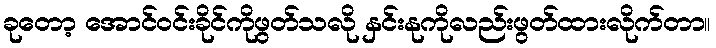
ခုတော့ အောင်ဝင်းခိုင်ကိုဖွတ်သလို နှင်းနုကိုလည်းဖွတ်ထားလိုက်တာ။